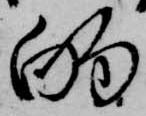
的